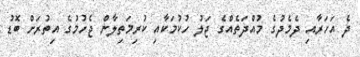
ދެ އަހަރާއި ދެމެދުގެ މުއްދަތެއްގެ ޖަލު ހުކުމަކާއި ކުރިމަތިލާން ޖެހުމުގެ އިތުރަށް ބޮޑު